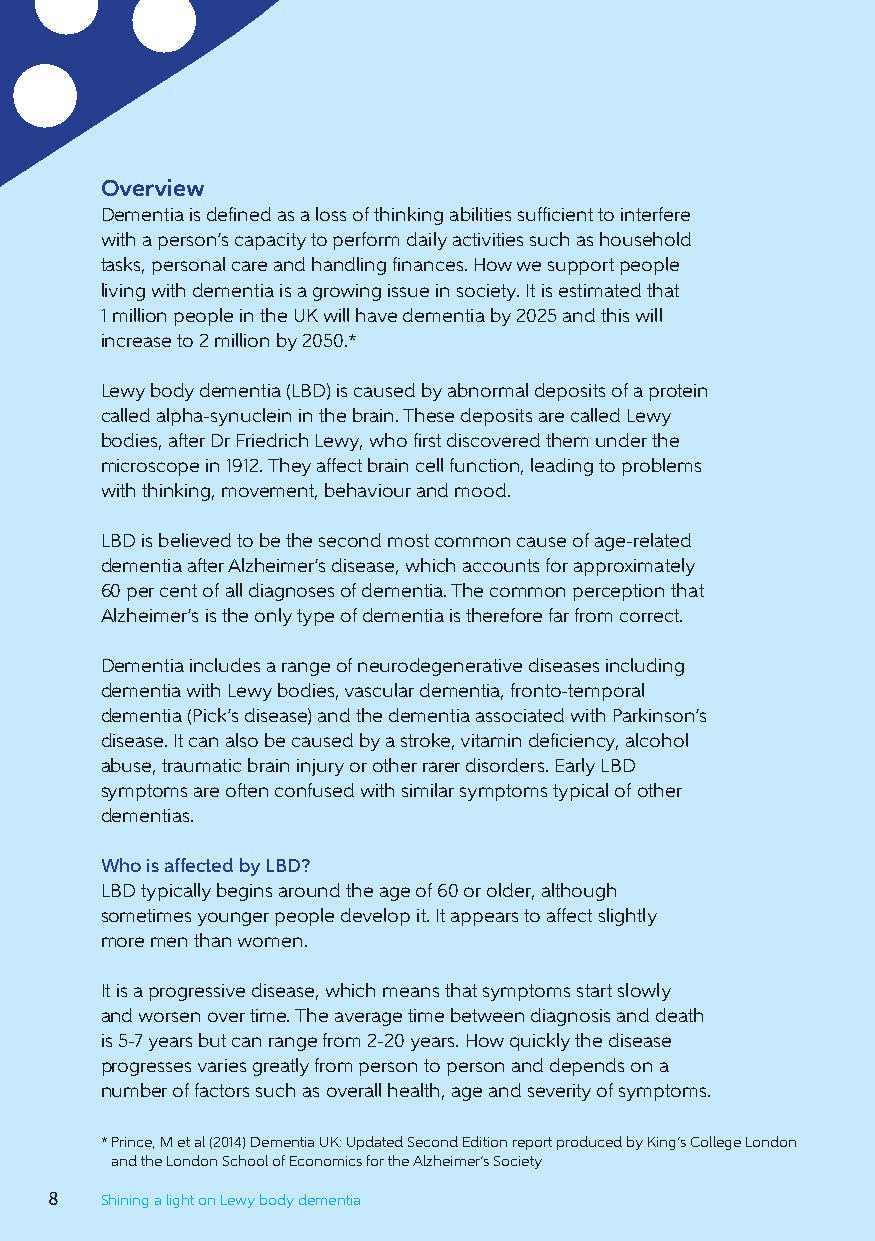
Overview
 Dementia is defined as a loss of thinking abilities sufficient to interfere
 with a person’s capacity to perform daily activities such as household
 tasks, personal care and handling finances. How we support people
 living with dementia is a growing issue in society. It is estimated that
 1 million people in the UK will have dementia by 2025 and this will
 increase to 2 million by 2050.*
 Lewy body dementia (LBD) is caused by abnormal deposits of a protein
 called alpha-synuclein in the brain. These deposits are called Lewy
 bodies, after Dr Friedrich Lewy, who first discovered them under the
 microscope in 1912. They affect brain cell function, leading to problems
 with thinking, movement, behaviour and mood.
 LBD is believed to be the second most common cause of age-related
 dementia after Alzheimer’s disease, which accounts for approximately
 60 per cent of all diagnoses of dementia. The common perception that
 Alzheimer’s is the only type of dementia is therefore far from correct.
 Dementia includes a range of neurodegenerative diseases including
 dementia with Lewy bodies, vascular dementia, fronto-temporal
 dementia (Pick’s disease) and the dementia associated with Parkinson’s
 disease. It can also be caused by a stroke, vitamin deficiency, alcohol
 abuse, traumatic brain injury or other rarer disorders. Early LBD
 symptoms are often confused with similar symptoms typical of other
 dementias.
 Who is affected by LBD?
 LBD typically begins around the age of 60 or older, although
 sometimes younger people develop it. It appears to affect slightly
 more men than women.
 It is a progressive disease, which means that symptoms start slowly
 and worsen over time. The average time between diagnosis and death
 is 5-7 years but can range from 2-20 years. How quickly the disease
 progresses varies greatly from person to person and depends on a
 number of factors such as overall health, age and severity of symptoms.
 * Prince, M et al (2014) Dementia UK: Updated Second Edition report produced by King’s College London
 and the London School of Economics for the Alzheimer’s Society
 8   Shining a light on Lewy body dementia